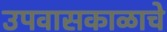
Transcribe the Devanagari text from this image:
उपवासकाळाचे